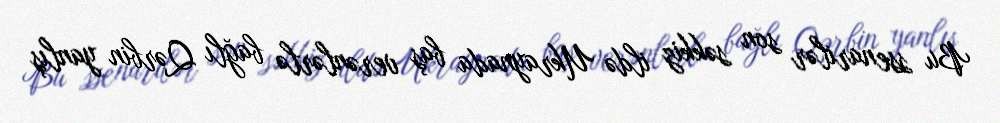
Bu ssenarilər son səkkiz ildə Ukraynada baş verənlərlə bağlı Qərbin yanlış